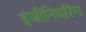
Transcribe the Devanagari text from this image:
इंजीनियरिंग